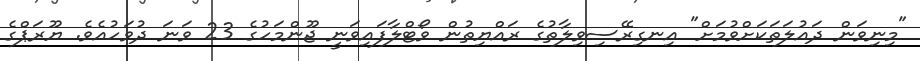
"މިނިވަން ދައުލަތަކަށްވުމަށް" އިނގިރޭސިވިލާތުގެ ރައްޔިތުން ވޯޓްލާފައިވަނީ ޖޫންމަހުގެ 23 ވަނަ ދުވަހުއެވެ. ޔޫރަޕްގެ